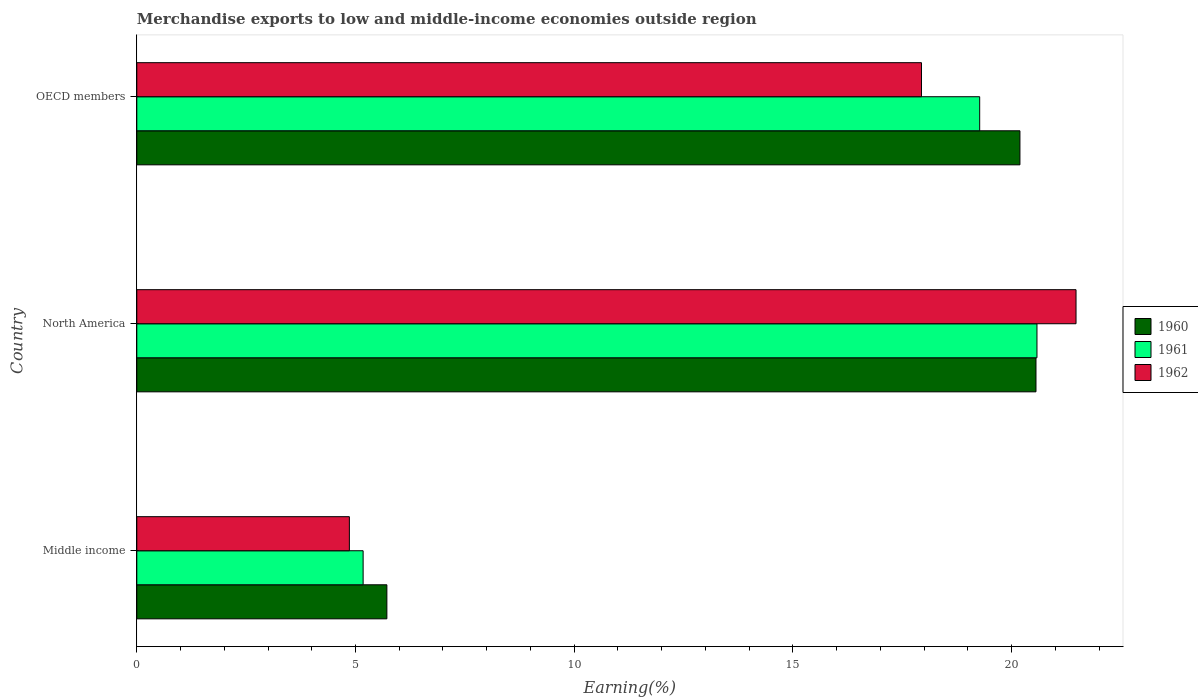
| Country | 1960 | 1961 | 1962 |
 | --- | --- | --- | --- |
 | Middle income | 5.72 | 5.17 | 4.86 |
 | North America | 20.6 | 20.6 | 21.5 |
 | OECD members | 20.2 | 19.3 | 17.9 |